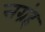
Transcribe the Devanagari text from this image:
सग्रंह